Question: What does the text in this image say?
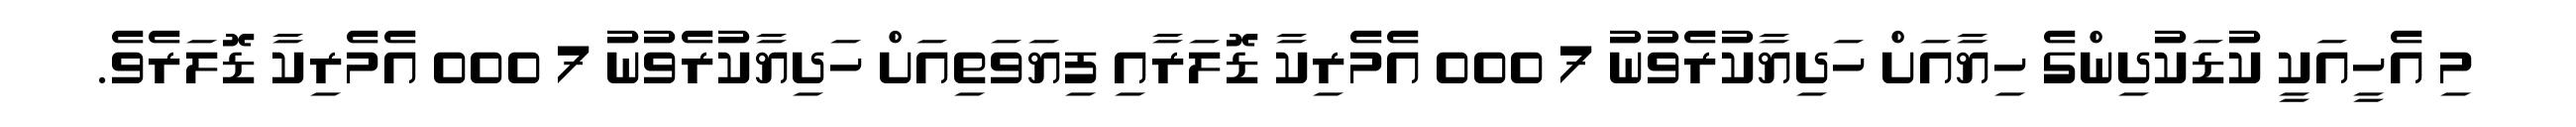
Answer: މި އެހީއަކީ ކުޑަކުދިންގެ ހިޔާއަށް ހަދިޔާކުރެވުނު 7 000 އެމެރިކާ ޑޮލަރާއި ފިޔަވަތިއަށް ހަދިޔާކުރެވުނު 7 000 އެމެރިކާ ޑޮލަރެވެ.